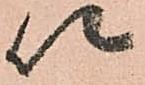
以